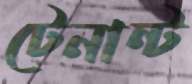
টেনান্ট